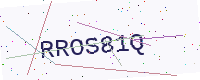
Text: RROS81Q